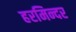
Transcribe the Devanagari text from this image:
हरमिन्दर